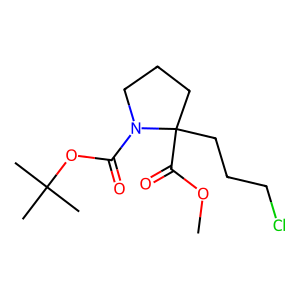
SMILES: COC(=O)C1(CCCCl)CCCN1C(=O)OC(C)(C)C
Inhibits HIV replication: No